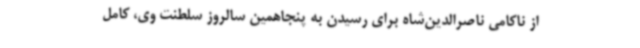
از ناکامی ناصرالدین‌شاه برای رسیدن به پنجاهمین سالروز سلطنت وی، کامل